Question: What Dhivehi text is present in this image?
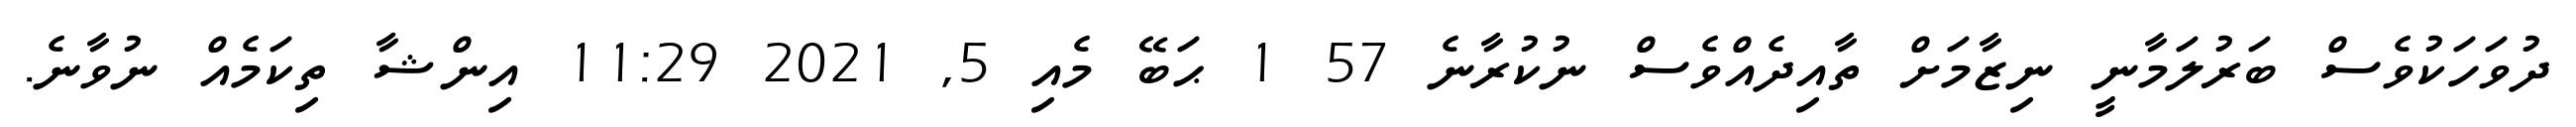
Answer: ދުވަހަކުވެސް ބަރުލަމާނީ ނިޒާމަށް ތާއިދެއްވެސް ނުކުރާނެ 57 1 ޙަބޭ މެއި 5, 2021 11:29 އިންޝާ ތިކަމެއް ނުވާނެ.